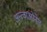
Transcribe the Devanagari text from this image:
अन्त्वाओनेत